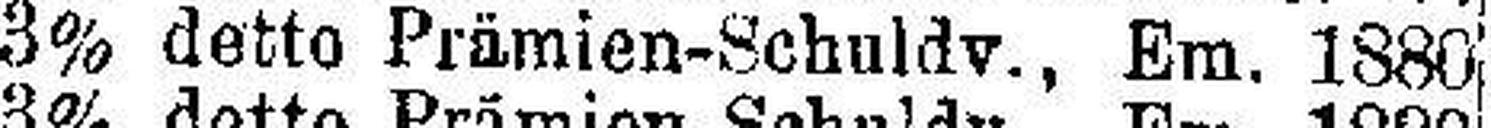
3% detto Prämien-Schuldv., Em. 1880